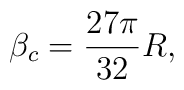
\beta_c = {{27\pi} \over 32 }R ,